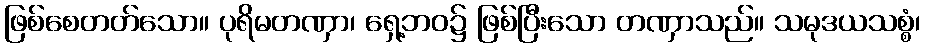
ဖြစ်စေတတ်သော။ ပုရိမတဏှာ၊ ရှေ့ဘဝ၌ ဖြစ်ပြီးသော တဏှာသည်။ သမုဒယသစ္စံ၊